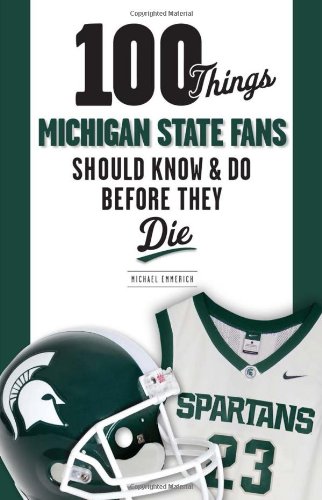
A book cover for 100 Things Michigan State Fans Should Know & Do Before They Die (100 Things...Fans Should Know); Michael Emmerich; Sports & Outdoors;